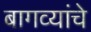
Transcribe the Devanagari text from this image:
बागव्यांचे